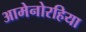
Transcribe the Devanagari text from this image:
आमेनोरहिया